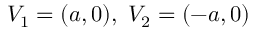
V _ { 1 } = ( a , 0 ) , \ V _ { 2 } = ( - a , 0 )